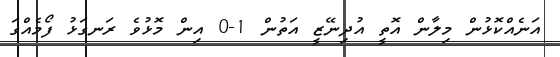
އަނެއްކޮޅުން މިލާން އޮތީ އުދިނޭޒީ އަތުން 1-0 އިން މޮޅުވެ ރަނގަޅު ފޯމެއްގަ